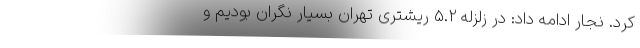
کرد. نجار ادامه داد: در زلزله 5.2 ریشتری تهران بسیار نگران بودیم و